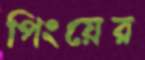
পিংয়ের